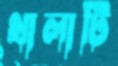
থালাটি